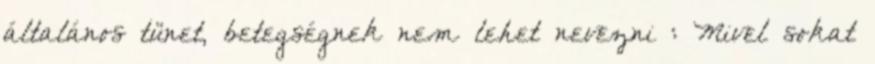
általános tünet, betegségnek nem lehet nevezni : Mivel sokat